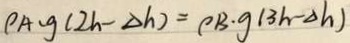
\rho A \cdot g ( 2 h - \Delta h ) = P B \cdot g ( 3 h - \Delta h )